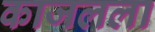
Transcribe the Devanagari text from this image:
काजलला